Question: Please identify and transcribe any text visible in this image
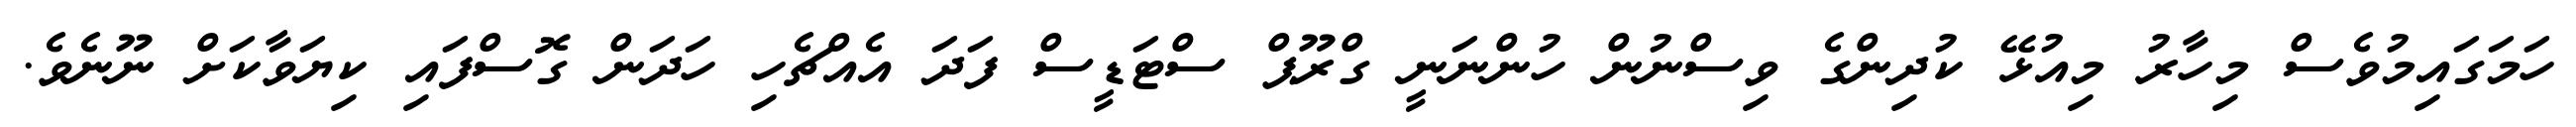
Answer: ހަމަގައިމުވެސް މިހާރު މިއުޅޭ ކުދިންގެ ވިސްނުން ހުންނަނީ ގްރޫޕް ސްޓަޑީސް ފަދަ އެއްޗެހި ހަދަން ގޮސްފައި ކިޔަވާކަށް ނޫނެވެ.